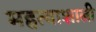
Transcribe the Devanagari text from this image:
महत्वाशाली